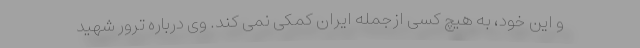
و این خود، به هیچ کسی ازجمله ایران کمکی نمی کند. وی درباره ترور شهید